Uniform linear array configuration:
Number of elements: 12
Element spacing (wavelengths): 0.75
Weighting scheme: kaiser
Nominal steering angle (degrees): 15
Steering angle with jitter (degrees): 14.687
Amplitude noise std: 0.05
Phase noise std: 0.05

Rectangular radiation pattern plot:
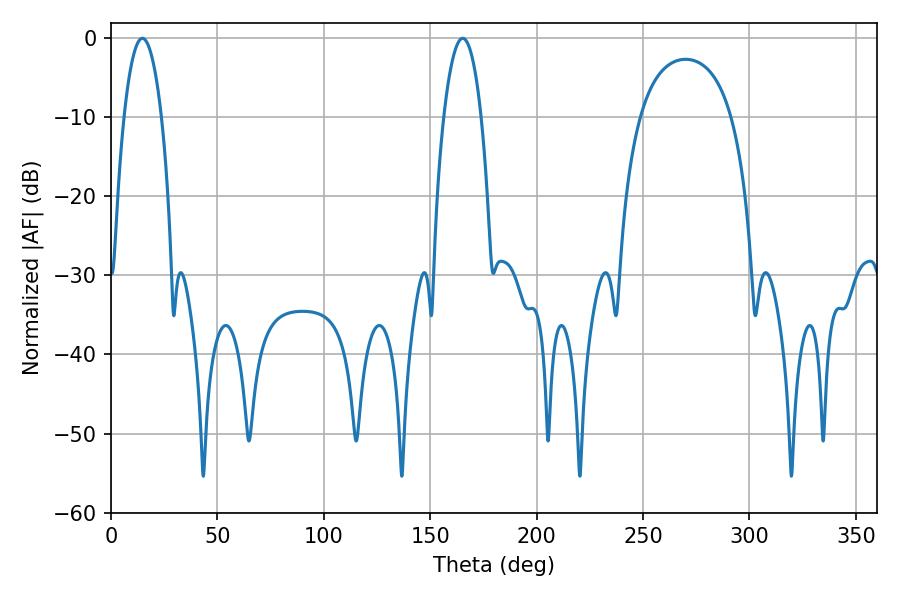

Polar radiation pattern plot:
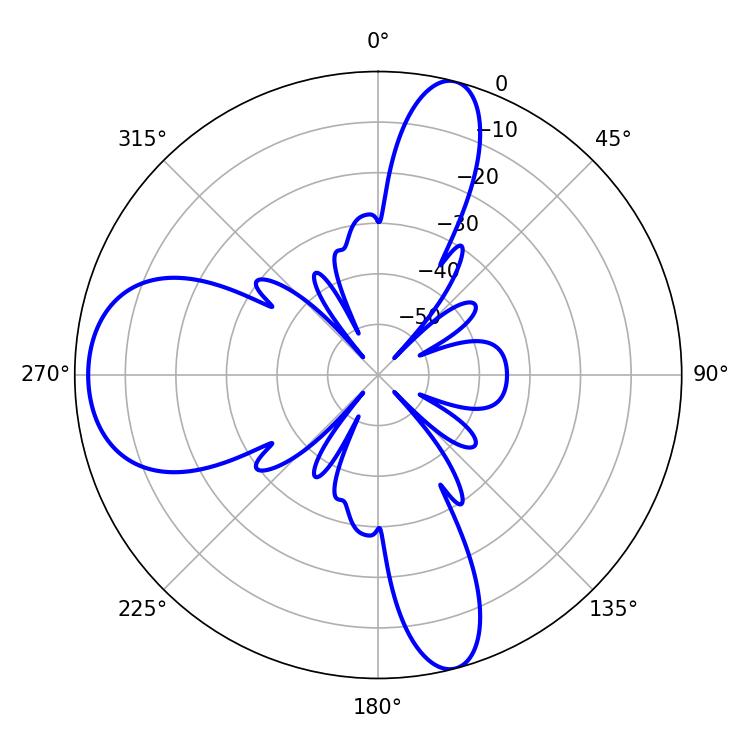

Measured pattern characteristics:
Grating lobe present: TRUE
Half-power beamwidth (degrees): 9.72
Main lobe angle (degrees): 14.76